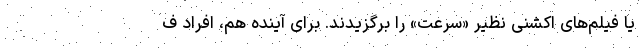
یا فیلم‌های اکشنی نظیر «سرعت» را برگزیدند. برای آینده هم، افراد ف